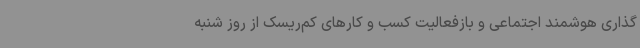
‌گذاری هوشمند اجتماعی و بازفعالیت کسب و کارهای کم‌ریسک از روز شنبه